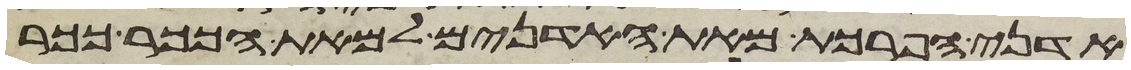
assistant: אדני הפרכת מאת האדנים למאת הככר ככר